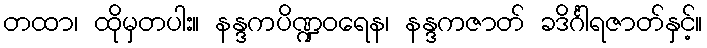
တထာ၊ ထိုမှတပါး။ နန္ဒကပိဏ္ဍဝရေန၊ နန္ဒကဇာတ် ခဒိင်္ဂါရဇာတ်နှင့်။